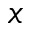
x